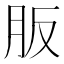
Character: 𦙀